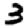
Digit: 3